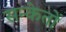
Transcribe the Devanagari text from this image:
सन्केतों